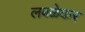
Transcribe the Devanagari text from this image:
लबळेकर